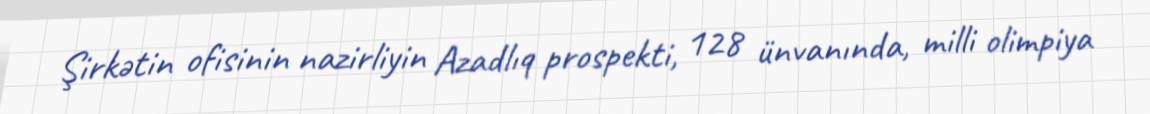
Şirkətin ofisinin nazirliyin Azadlıq prospekti, 128 ünvanında, milli olimpiya